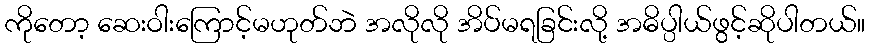
ကိုတော့ ဆေးဝါးကြောင့်မဟုတ်ဘဲ အလိုလို အိပ်မရခြင်းလို့ အဓိပ္ပါယ်ဖွင့်ဆိုပါတယ်။